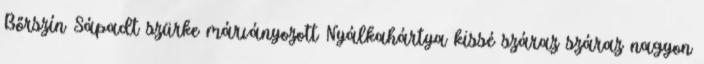
Bőrszín Sápadt szürke márványozott Nyálkahártya kissé száraz száraz nagyon